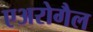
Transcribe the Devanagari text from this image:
एअरोगैल